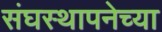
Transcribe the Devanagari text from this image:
संघस्थापनेच्या